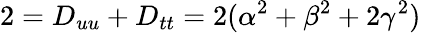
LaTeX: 2=D_{uu}+D_{tt}=2(\alpha^{2}+\beta^{2}+2\gamma^{2})